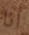
أنا